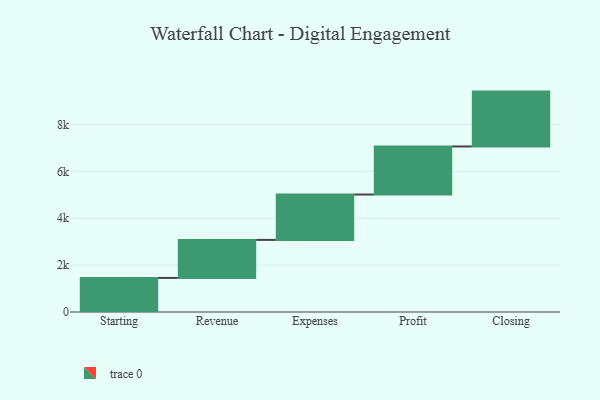
{"axis": {"x": "Step", "y": "Value"}, "legend": [""], "data": [{"x": "Starting", "y": 1453.0, "type": ""}, {"x": "Revenue", "y": 1622.0, "type": ""}, {"x": "Expenses", "y": 1935.0, "type": ""}, {"x": "Profit", "y": 2050.0, "type": ""}, {"x": "Closing", "y": 2340.0, "type": ""}]}